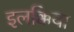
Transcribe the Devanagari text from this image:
इलक्किया